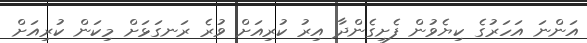
އަންނަ އަހަރުގެ ކިޔެވުން ފެށިގެންދާ އިރު ކުރިއަށް ވުރެ ރަނގަޅަށް މިކަން ކުރިއަށް